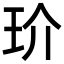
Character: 玠